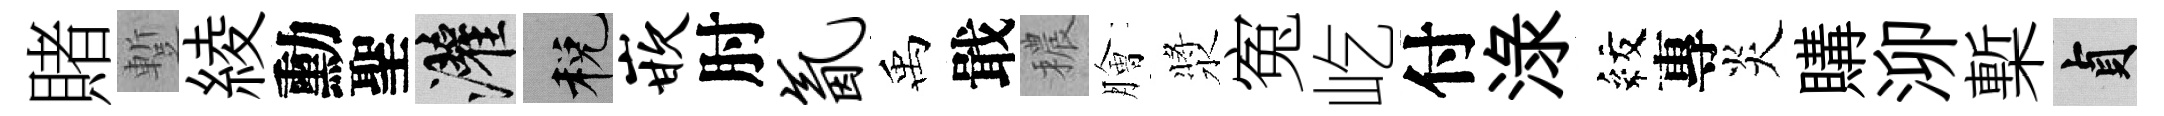
賭蹔綾勳聖灌税嵌肘氤禹戢穠膾漿寃屹付渌紋專炎購泖槧貞